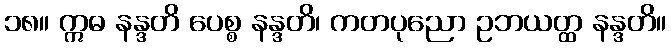
၁၈။ ဣဓ နန္ဒတိ ပေစ္စ နန္ဒတိ၊ ကတပုညော ဥဘယတ္ထ နန္ဒတိ။